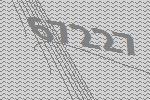
67227